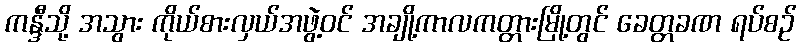
ကန္ဒီသို့ အသွား ကိုယ်စားလှယ်အဖွဲ့ဝင် အချို့ကာလကတ္တားမြို့တွင် ခေတ္တခဏ ရပ်စဉ်